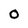
Character: O